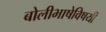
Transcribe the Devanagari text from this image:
बोलीभाषेविषयी